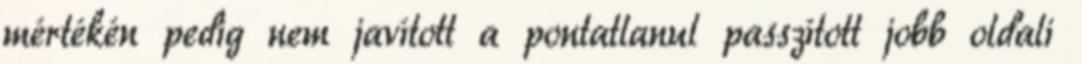
mértékén pedig nem javított a pontatlanul passzított jobb oldali